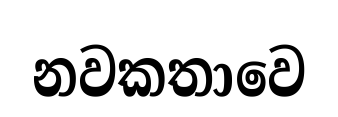
නවකතාවෙ